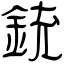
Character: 銃